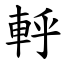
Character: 軤